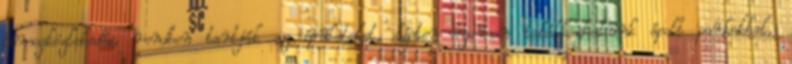
tömegközlekedés, rendben tartják az épületeket, lépten-nyomon találkozhatunk ápolt parkokkal,